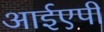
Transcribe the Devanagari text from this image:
आईएपी